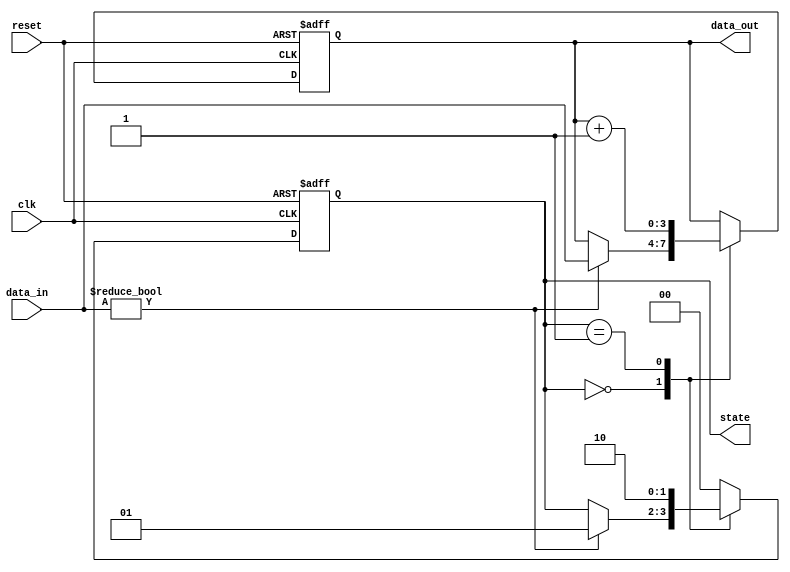
module synchronous_design (
    input wire clk,          // Clock signal
    input wire reset,        // Asynchronous reset signal
    input wire [3:0] data_in, // 4-bit input signal
    output reg [3:0] data_out, // 4-bit output signal
    output reg [1:0] state    // 2-bit state signal
);

// State encoding
localparam STATE_IDLE = 2'b00;
localparam STATE_PROCESS = 2'b01;
localparam STATE_DONE = 2'b10;

// Sequential logic block
always @(posedge clk or posedge reset) begin
    if (reset) begin
        // Reset logic
        data_out <= 4'b0000; // Initialize output to 0
        state <= STATE_IDLE; // Initialize state to IDLE
    end else begin
        // State transition logic
        case (state)
            STATE_IDLE: begin
                if (data_in != 4'b0000) begin
                    data_out <= data_in; // Update output with input data
                    state <= STATE_PROCESS; // Transition to PROCESS state
                end
            end
            
            STATE_PROCESS: begin
                // Example processing logic
                data_out <= data_out + 1; // Increment output
                state <= STATE_DONE; // Transition to DONE state
            end
            
            STATE_DONE: begin
                // Example logic to return to IDLE state
                state <= STATE_IDLE; // Transition back to IDLE
            end
            
            default: begin
                state <= STATE_IDLE; // Default to IDLE state
            end
        endcase
    end
end

endmodule